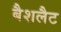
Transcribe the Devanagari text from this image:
बैशलैट